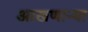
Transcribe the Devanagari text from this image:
आखणार्‍या